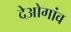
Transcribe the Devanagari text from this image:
देओगांव